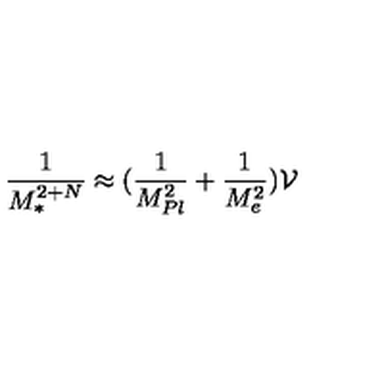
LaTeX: \frac { 1 } { M _ { * } ^ { 2 + N } } \approx ( \frac { 1 } { M _ { P l } ^ { 2 } } + \frac { 1 } { M _ { e } ^ { 2 } } ) { \cal V }